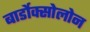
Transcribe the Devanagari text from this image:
बार्डोक्सोलोन